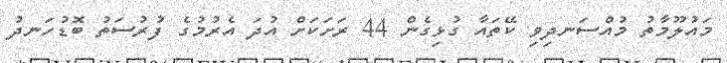
މައުލޫމާތު މުއްސަނދިވި ކޭތައާ ގުޅިގެން 44 ރަށަކަށް އުދަ އެރުމުގެ ފުރުސަތު ބޮޑުހަނދު